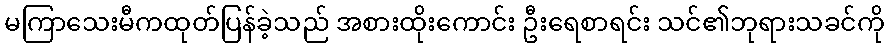
မကြာသေးမီကထုတ်ပြန်ခဲ့သည် အစားထိုးကောင်း ဦးရေစာရင်း သင်၏ဘုရားသခင်ကို